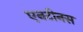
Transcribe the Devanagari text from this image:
एनटीनस